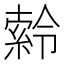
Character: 𪟹